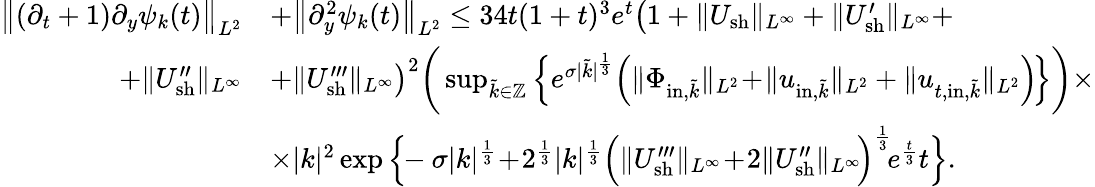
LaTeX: \begin{array}{rl}{\big\| (\partial_{t}+1)\partial_{y}\psi_{k}(t)\big\| _{L^{2}}}&{+\big\| \partial_{y}^{2}\psi_{k}(t)\big\| _{L^{2}}\leq 34t(1+t)^{3}e^{t}\big(1+\| U_{\mathrm{sh}}\| _{L^{\infty}}+\| U_{\mathrm{sh}}^{\prime}\| _{L^{\infty}}+}\\ {+\| U_{\mathrm{sh}}^{\prime\prime}\| _{L^{\infty}}}&{+\| U_{\mathrm{sh}}^{\prime\prime\prime}\| _{L^{\infty}}\big)^{2}\bigg(\operatorname*{sup}_{\tilde{k}\in\mathbb Z}\Big\{ e^{\sigma|\tilde{k}|^{\frac{1}{3}}}\Big(\| \Phi_{\mathrm{in},\tilde{k}}\| _{L^{2}}\! +\! \| u_{\mathrm{in},\tilde{k}}\| _{L^{2}}+\| u_{t,\mathrm{in},\tilde{k}}\| _{L^{2}}\Big)\! \Big\} \bigg)\times}\\ &{\times|k|^{2}\exp\Big\{ \! \! -\sigma|k|^{\frac{1}{3}}\! +\! 2^{\frac{1}{3}}|k|^{\frac{1}{3}}\Big(\| U_{\mathrm{sh}}^{\prime\prime\prime}\| _{L^{\infty}}\! +\! 2\| U_{\mathrm{sh}}^{\prime\prime}\| _{L^{\infty}}\! \Big)^{\frac{1}{3}}\! e^{\frac{t}{3}}t\Big\} .}\end{array}